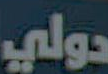
دولي